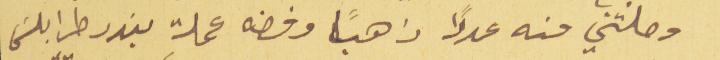
وصلتني منه عدلاً ذهباً وفضه عملة بندر طرابلسَ